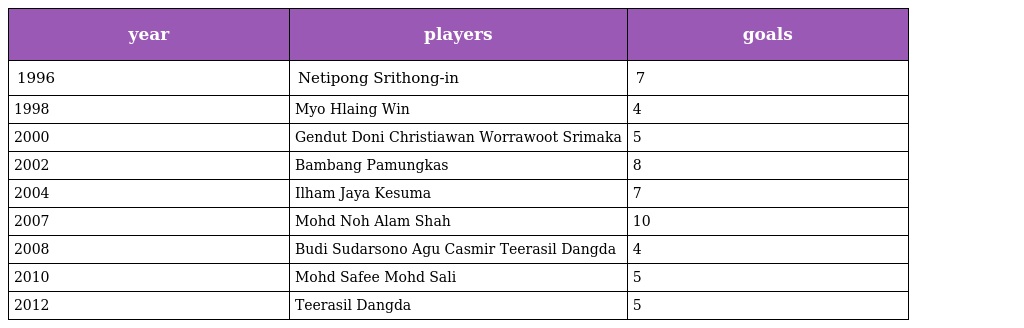
| year | players | goals |
 | --- | --- | --- |
 | 1996 | Netipong Srithong-in | 7 |
 | 1998 | Myo Hlaing Win | 4 |
 | 2000 | Gendut Doni Christiawan Worrawoot Srimaka | 5 |
 | 2002 | Bambang Pamungkas | 8 |
 | 2004 | Ilham Jaya Kesuma | 7 |
 | 2007 | Mohd Noh Alam Shah | 10 |
 | 2008 | Budi Sudarsono Agu Casmir Teerasil Dangda | 4 |
 | 2010 | Mohd Safee Mohd Sali | 5 |
 | 2012 | Teerasil Dangda | 5 |